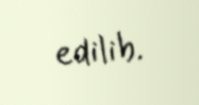
edilib.